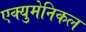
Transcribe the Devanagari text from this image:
एक्युमेनिकल